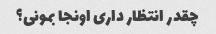
چقدر انتظار داری اونجا بمونی؟